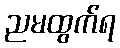
ညမထွက်ရ